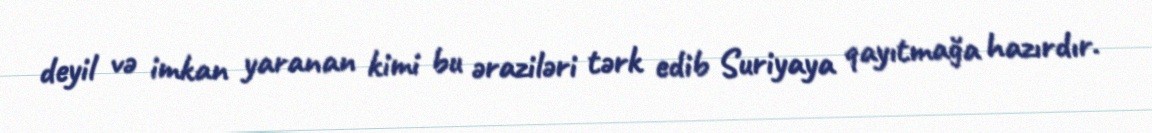
deyil və imkan yaranan kimi bu əraziləri tərk edib Suriyaya qayıtmağa hazırdır.